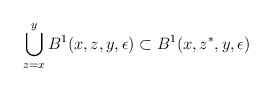
\begin{align*}\bigcup_{z=x}^{y}B^{1}(x,z,y,\epsilon)\subset B^{1}(x,z^{*},y,\epsilon)\end{align*}